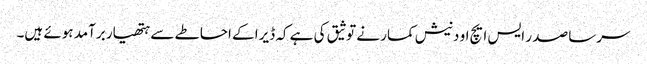
سرسا صد ر ایس ایچ او دنیش کمار نے توثیق کی ہے کہ ڈیرا کے احاطے سے ہتھیار برآمد ہوئے ہیں۔